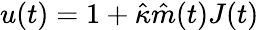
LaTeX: u(t)=1+\hat{\kappa}\hat{m}(t)J(t)